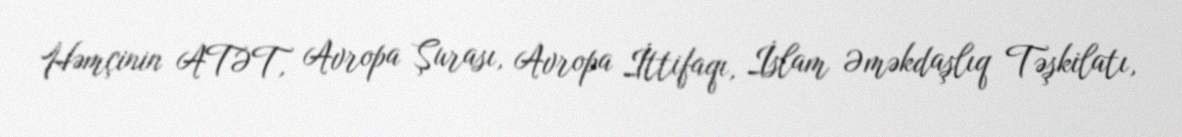
Həmçinin ATƏT, Avropa Şurası, Avropa İttifaqı, İslam Əməkdaşlıq Təşkilatı,